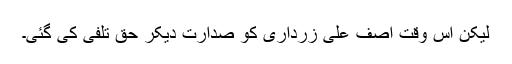
لیکن اس وقت آصف علی زرداری کو صدارت دیکر حق تلفی کی گئی۔